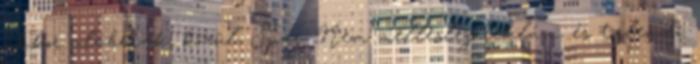
akkor alábbiak, közül, Spar. Nem mellesleg reklám, és törlendő.